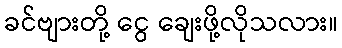
ခင်ဗျားတို့ ငွေ ချေးဖို့လိုသလား။